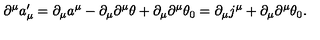
\partial ^ { \mu } a _ { \mu } ^ { \prime } = \partial _ { \mu } a ^ { \mu } - \partial _ { \mu } \partial ^ { \mu } \theta + \partial _ { \mu } \partial ^ { \mu } \theta _ { 0 } = \partial _ { \mu } j ^ { \mu } + \partial _ { \mu } \partial ^ { \mu } \theta _ { 0 } .